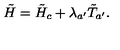
\tilde { H } = \tilde { H } _ { c } + \lambda _ { a ^ { \prime } } \tilde { T } _ { a ^ { \prime } } .